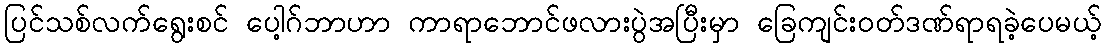
ပြင်သစ်လက်ရွေးစင် ပေါ့ဂ်ဘာဟာ ကာရာဘောင်ဖလားပွဲအပြီးမှာ ခြေကျင်းဝတ်ဒဏ်ရာရခဲ့ပေမယ့်